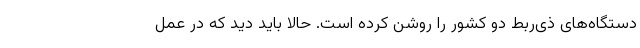
دستگاه‌های ذی‌ربط دو کشور را روشن کرده است. حالا باید دید که در عمل